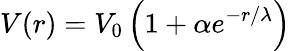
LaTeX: V(r)=V_{0}\left(1+\alpha e^{-r/\lambda}\right)